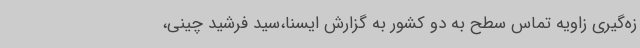
زه‌گیری زاویه تماس سطح به دو کشور به گزارش ایسنا،سید فرشید چینی،